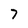
Character: 7